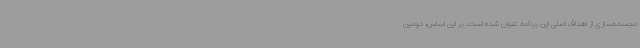
مجسمه‌سازی از اهداف اصلی این برنامه عنوان شده است. بر این اساس، دومین